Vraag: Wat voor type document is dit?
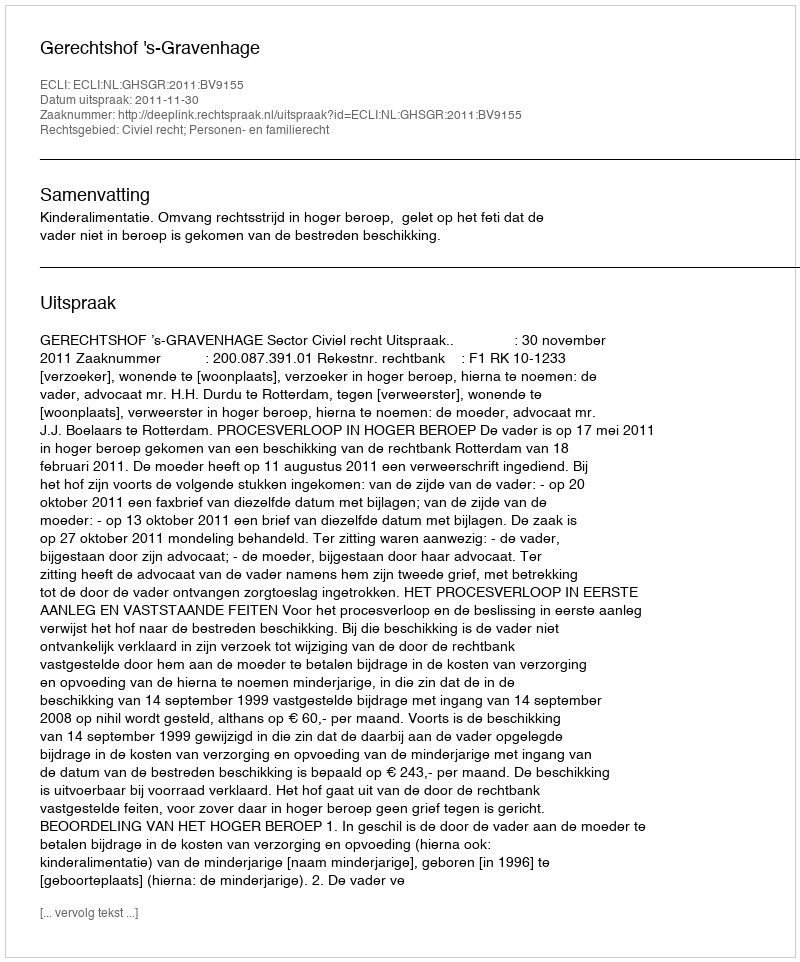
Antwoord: Uitspraak